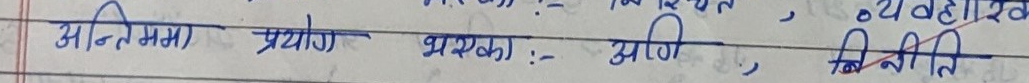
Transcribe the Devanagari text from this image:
अन्तिम्म प्रयोग भयका :- आगि